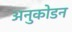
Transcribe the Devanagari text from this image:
अनुकोडन